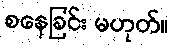
စနေခြင်း မဟုတ်။